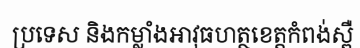
ប្រទេស និងកម្លាំងអាវុធហត្ថខេត្តកំពង់ស្ពឺ